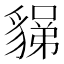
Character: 𧳼